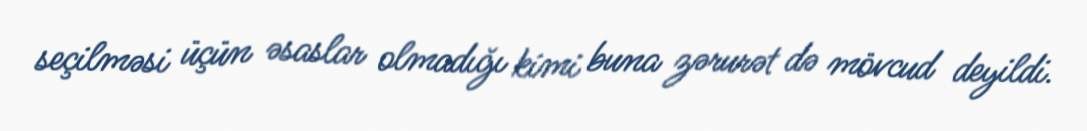
seçilməsi üçün əsaslar olmadığı kimi buna zərurət də mövcud deyildi.